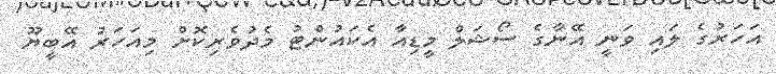
އަހަރުގެ ލައި ވަނީ އޭނާގެ ސޯޝަލް މީޑިއާ އެކައުންޓު މެދުވެރިކޮށް މިއަހަރު އޭބީޔޫ